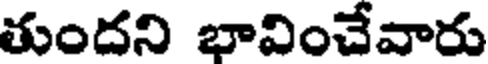
తుందని భావించేవారు